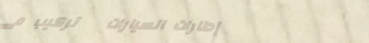
إطارات السيارات   تركيب م